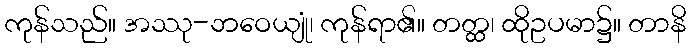
ကုန်သည်။ အဿု-ဘဝေယျုံ၊ ကုန်ရာ၏။ တတ္ထ၊ ထိုဥပမာ၌။ တာနိ